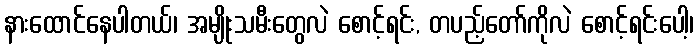
နားထောင်နေပါတယ်၊ အမျိုးသမီးတွေလဲ စောင့်ရင်း, တပည့်တော်ကိုလဲ စောင့်ရင်းပေါ့၊